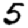
Digit: 5